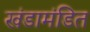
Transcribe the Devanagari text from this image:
खंडामंडित